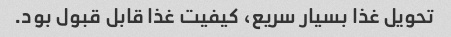
تحویل غذا بسیار سریع، کیفیت غذا قابل قبول بود.